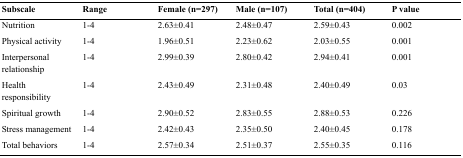
<table><thead><tr><td><b>Subscale</b></td><td><b>Range</b></td><td><b>Female (n=297)</b></td><td><b>Male (n=107)</b></td><td><b>Total (n=404)</b></td><td><b>P value</b></td></tr></thead><tbody><tr><td>Nutrition</td><td>1-4</td><td>2.63±0.41</td><td>2.48±0.47</td><td>2.59±0.43</td><td>0.002</td></tr><tr><td>Physical activity</td><td>1-4</td><td>1.96±0.51</td><td>2.23±0.62</td><td>2.03±0.55</td><td>0.001</td></tr><tr><td>Interpersonal relationship</td><td>1-4</td><td>2.99±0.39</td><td>2.80±0.42</td><td>2.94±0.41</td><td>0.001</td></tr><tr><td>Health responsibility</td><td>1-4</td><td>2.43±0.49</td><td>2.31±0.48</td><td>2.40±0.49</td><td>0.03</td></tr><tr><td>Spiritual growth</td><td>1-4</td><td>2.90±0.52</td><td>2.83±0.55</td><td>2.88±0.53</td><td>0.226</td></tr><tr><td>Stress management</td><td>1-4</td><td>2.42±0.43</td><td>2.35±0.50</td><td>2.40±0.45</td><td>0.178</td></tr><tr><td>Total behaviors</td><td>1-4</td><td>2.57±0.34</td><td>2.51±0.37</td><td>2.55±0.35</td><td>0.116</td></tr></tbody></table>